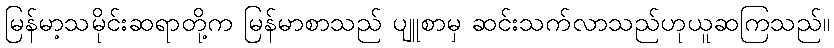
မြန်မာ့သမိုင်းဆရာတို့က မြန်မာစာသည် ပျူစာမှ ဆင်းသက်လာသည်ဟုယူဆကြသည်။